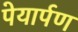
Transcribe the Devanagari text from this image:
पेयार्पण